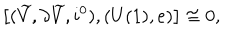
\left[ ( \widetilde { V } , \partial \widetilde { V } , i ^ { 0 } ) , ( U ( 1 ) , e ) \right] \cong 0 ,